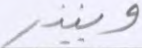
وينذر